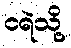
ငရဲသို့